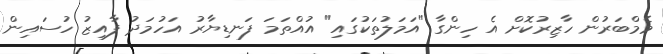
މެމްބަރުން ހާޒިރުކޮށް އެ ހިންގާ "އަމަލުތަކުގައި" އުއްތަމަ ފަނޑިޔާރު އަހުމަދު ފާއިޒު ހުސައިން